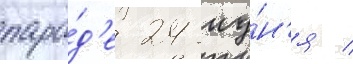
пара́д'е 24 иу́н'я /